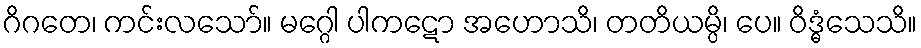
ဂိဂတေ၊ ကင်းလသော်။ မဂ္ဂေါ ပါကဋော အဟောသိ၊ တတိယမ္ပိ၊ ပေ။ ဝိဒ္ဓံသေသိ။